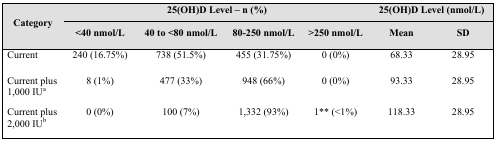
| <ROWSPAN=2> Category | <COLSPAN=3> 25(OH)D Level – n (%) | <COLSPAN=3> 25(OH)D Level (nmol/L) |
 | <40 nmol/L | 40 to <80 nmol/L | 80–250 nmol/L | >250 nmol/L | Mean | SD |
 | --- | --- | --- | --- | --- | --- | --- |
 | Current | 240 (16.75%) | 738 (51.5%) | 455 (31.75%) | 0 (0%) | 68.33 | 28.95 |
 | Current plus 1,000 IUa | 8 (1%) | 477 (33%) | 948 (66%) | 0 (0%) | 93.33 | 28.95 |
 | Current plus 2,000 IUb | 0 (0%) | 100 (7%) | 1,332 (93%) | 1** (<1%) | 118.33 | 28.95 |